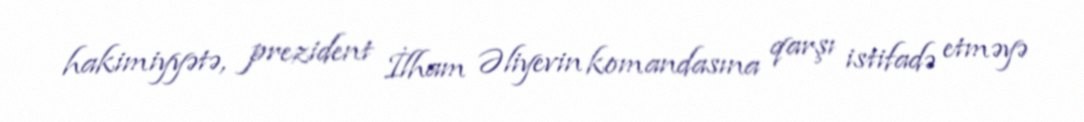
hakimiyyətə, prezident İlham Əliyevin komandasına qarşı istifadə etməyə